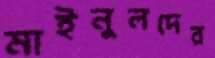
মাইনুলদের